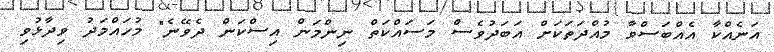
އަނެއްކާ އެއްބަސްވާ މުއްދަތަކަށް އަބަދުވެސް މަސައްކަތް ނިންމަން އިސްކަން ދެވޭނެ" މުހައްމަދު ވިދާޅުވި